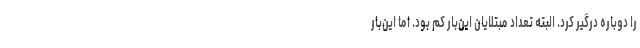
را دوباره درگیر کرد. البته تعداد مبتلایان این‌بار کم بود. اما این‌بار